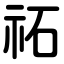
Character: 祏